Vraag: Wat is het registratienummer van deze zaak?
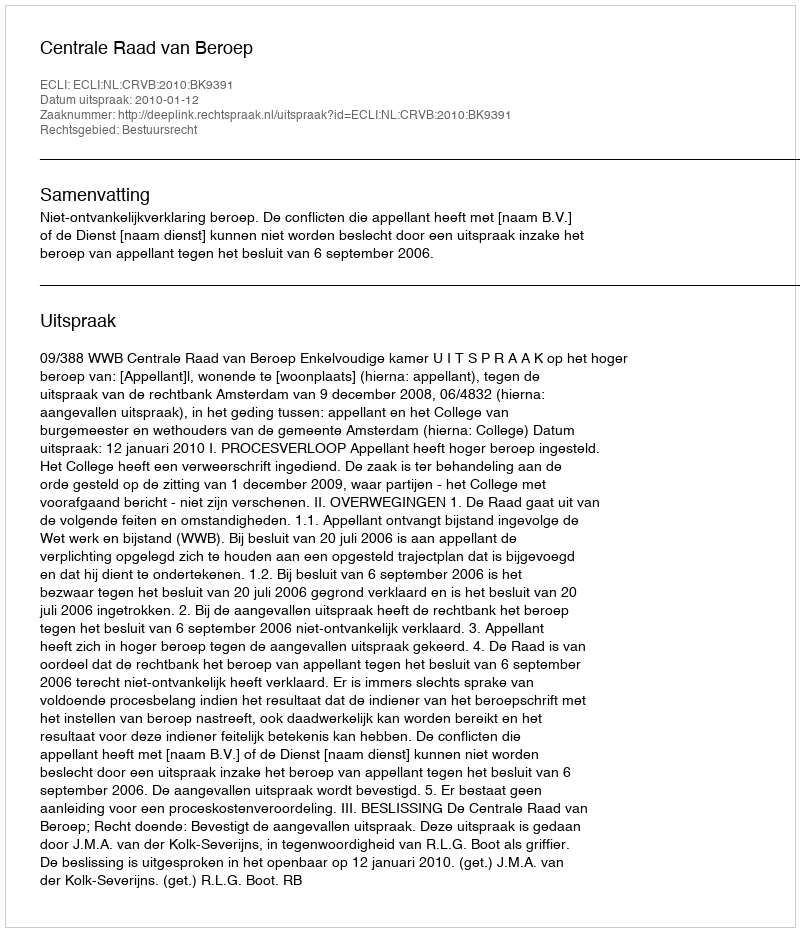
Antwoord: http://deeplink.rechtspraak.nl/uitspraak?id=ECLI:NL:CRVB:2010:BK9391